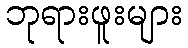
ဘုရားဖူးများ